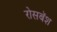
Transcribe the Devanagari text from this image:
रोसबॅश